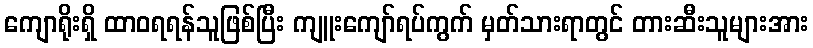
ကျောရိုးရှိ ထာဝရရန်သူဖြစ်ပြီး ကျူးကျော်ရပ်ကွက် မှတ်သားရာတွင် တားဆီးသူများအား